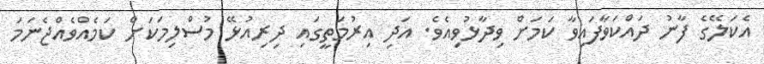
އެކަލޭގެ ފާނު ދައްކަވާފައިވާ ކަމަށް ވިދާޅުވިއެވެ. އަދި އިރުމަތީގައި ދިރިއުޅޭ މުސްލިމަކަށް ކަމެއްވެއްޖެނަމަ